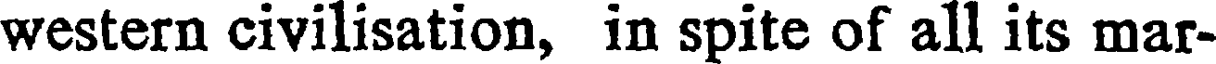
western civilisation, in spite of all its mar-